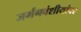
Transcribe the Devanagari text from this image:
जर्मनवंशीयांवर